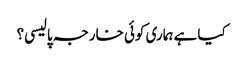
کیا ہے ہماری کوئی خارجہ پالیسی؟